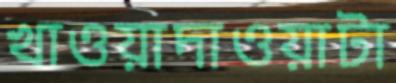
খাওয়াদাওয়াটা